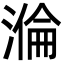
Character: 溣